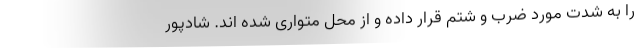
را به شدت مورد ضرب و شتم قرار داده و از محل متواری شده اند. شادپور